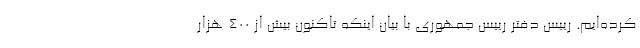
کرده‌ایم. رییس دفتر رییس جمهوری با بیان اینکه تاکنون بیش از ۴۰۰ هزار